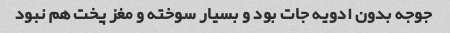
جوجه بدون ادویه جات بود و بسیار سوخته و مغز پخت هم نبود